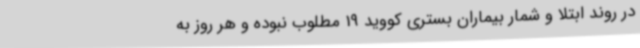
در روند ابتلا و شمار بیماران بستری کووید 19 مطلوب نبوده و هر روز به